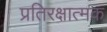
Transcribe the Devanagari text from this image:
प्रतिरक्षात्‍मक